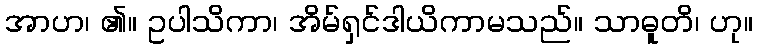
အာဟ၊ ၏။ ဥပါသိကာ၊ အိမ်ရှင်ဒါယိကာမသည်။ သာဓူတိ၊ ဟု။